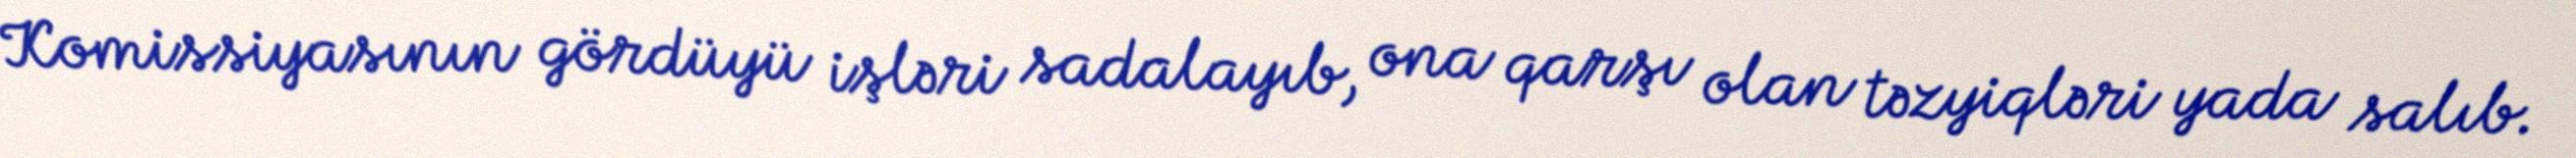
Komissiyasının gördüyü işləri sadalayıb, ona qarşı olan təzyiqləri yada salıb.